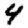
Digit: 4